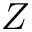
Z